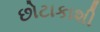
છોટાકાશી